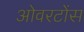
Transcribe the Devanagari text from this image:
ओवरटोंस